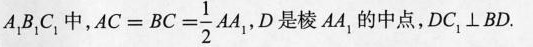
A_{1}B_{2}C_{3}中， $$A C = B C = \frac { 1 } { 2 } A A _ { 1 }$$ ，D是棱AA，的中点，DC_{1} \perp BD.